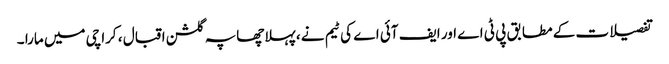
تفصیلات کے مطابق پی ٹی اے اور ایف آئی اے کی ٹیم نے ، پہلا چھاپہ گلشن اقبال ، کراچی میں مارا ۔